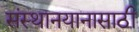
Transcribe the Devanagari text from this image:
संस्थानयानासाठी